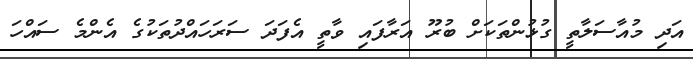
އަދި މުއާސަލާތީ ގުޅުންތަކަށް ބުރޫ އަރާފައި ވާތީ އެފަދަ ސަރަހައްދުތަކުގެ އެންމެ ސައްހަ